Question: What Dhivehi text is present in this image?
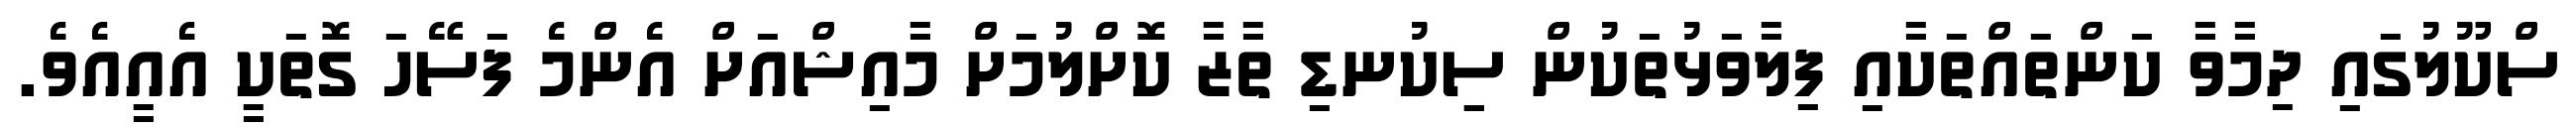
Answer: ސްކޫލުގައި ދިމާވާ ކަންތައްތަކާއި ފިލާވަޅުތަކުން ސިިކުނޑި ތާޒާ ކޮށްލުމަށް މާއިޝްއަށް އެންމެ ފަސޭހަ ގޮތަކީ އެއީއެވެ.